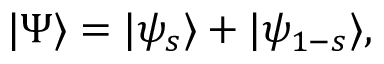
\vert \Psi \rangle = \vert \psi _ { s } \rangle + \vert \psi _ { 1 - s } \rangle ,